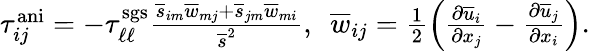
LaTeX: \begin{array}{r}{\tau_{ij}^{\mathrm{ani}}=-\tau_{\ell\ell}^{\mathrm{sgs}}\frac{\overline{{s}}_{im}\overline{{w}}_{mj}+\overline{{s}}_{jm}\overline{{w}}_{mi}}{\overline{{s}}^{2}},\ \ \overline{{w}}_{ij}=\frac{1}{2}\left(\frac{\partial\overline{{u}}_{i}}{\partial x_{j}}-\frac{\partial\overline{{u}}_{j}}{\partial x_{i}}\right).}\end{array}